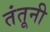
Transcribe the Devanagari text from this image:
तंतूनी